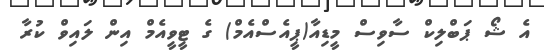
އެ ޝޯ ޕަބްލިކް ސާވިސް މީޑިއާ(ޕީއެސްއެމް) ގެ ޓީވީއެމް އިން ލައިވް ކުރާ